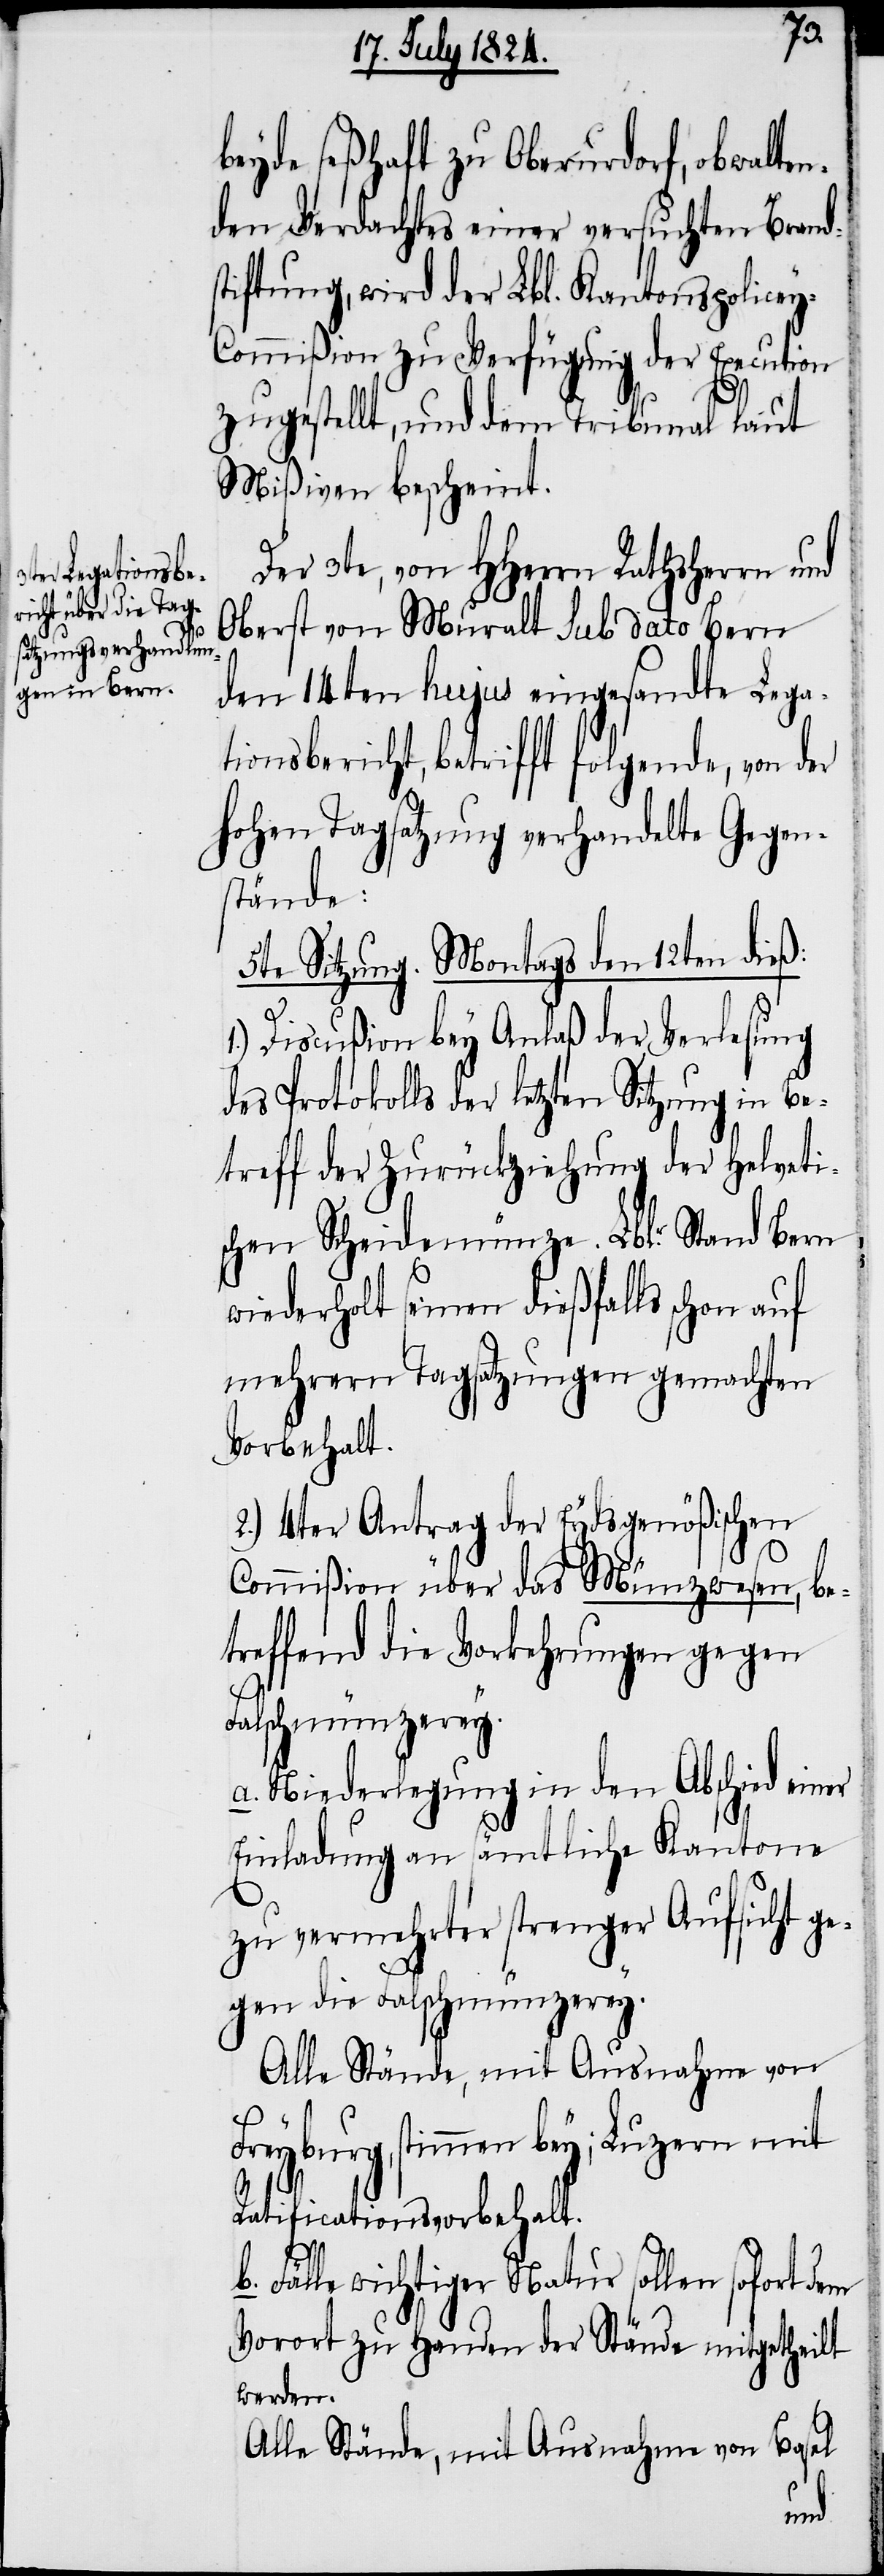
beyde seßhaft zu Oberurdorf, obwalten¬
den Verdachtes einer versuchten Brand¬
stiftung, wird der Lbl. Kantonspolice¬
y-Commißion zu Verfügung der Execution
zugestellt, und dem Tribunal laut
Mißiven bescheint.
Der 3te, von HHerrn Rathsherrn und
Oberst von Muralt sub dato Bern
den 14ten hujus eingesandte Lega¬
tionsbericht, betrifft folgende, von der
hohen Tagsatzung verhandelte Gegen¬
stände:
5te Sitzung. Montags den 12ten dieß:
1.) Discußion bey Anlaß der Verlesung
des Protokolls der letzten Sitzung in Be¬
treff der Zurückziehung der Helveti¬
schen Scheidemünze. Lbl. Stand Bern
wiederholt seinen dießfalls schon auf
mehreren Tagsatzungen gemachten
Vorbehalt.
2.) 4ter Antrag der Eydsgenößischen
Commißion über das Münzwesen, be¬
treffend die Vorkehrungen gegen
Falschmünzerey.
a. Niederlegung in den Abschied einer
Einladung an sämtliche Kantone
zu vermehrter strenger Aufsicht ge¬
gen die Falschmünzerey.
Alle Stände, mit Ausnahme von
Freyburg, stimmen bey; Luzern mit
Ratificationsvorbehalt.
Fälle wichtiger Natur sollen sofort dem
Vorort zu Handen der Stände mitgetheilt
werden.
Alle Stände, mit Ausnahme von Basel